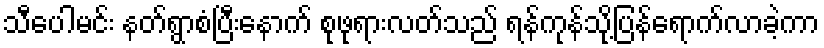
သီပေါမင်း နတ်ရွာစံပြီးနောက် စုဖုရားလတ်သည် ရန်ကုန်သို့ပြန်ရောက်လာခဲ့ကာ